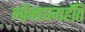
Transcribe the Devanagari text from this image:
मौण्ड्यमर्हति